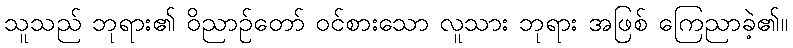
သူသည် ဘုရား၏ ဝိညာဉ်တော် ဝင်စားသော လူသား ဘုရား အဖြစ် ကြေညာခဲ့၏။